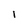
Character: 1